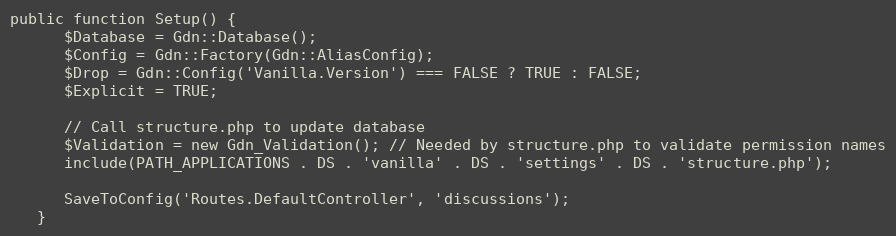
Language: PHP
public function Setup() {
      $Database = Gdn::Database();
      $Config = Gdn::Factory(Gdn::AliasConfig);
      $Drop = Gdn::Config('Vanilla.Version') === FALSE ? TRUE : FALSE;
      $Explicit = TRUE;

      // Call structure.php to update database
      $Validation = new Gdn_Validation(); // Needed by structure.php to validate permission names
      include(PATH_APPLICATIONS . DS . 'vanilla' . DS . 'settings' . DS . 'structure.php');

      SaveToConfig('Routes.DefaultController', 'discussions');
   }